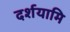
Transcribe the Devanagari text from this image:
दर्शयामि